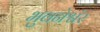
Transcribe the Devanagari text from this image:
भुवनेश्वंर